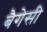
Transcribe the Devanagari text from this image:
बैगेसी